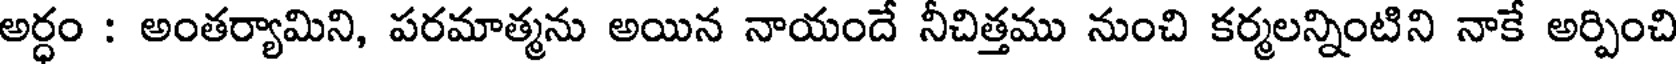
అర్ధం : అంతర్యామిని, పరమాత్మను అయిన నాయందే నీచిత్తము నుంచి కర్మలన్నింటిని నాకే అర్పించి